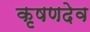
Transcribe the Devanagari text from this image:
कृषणदेव